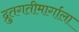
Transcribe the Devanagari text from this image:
द्रुतगतीमार्गाला